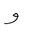
Letter: _waw